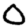
Digit: 0